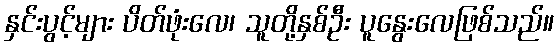
နှင်းပွင့်များ ပိတ်ဖုံးလေ၊ သူတို့နှစ်ဦး ပူနွေးလေဖြစ်သည်။